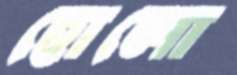
হোলো